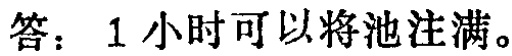
答：1 小时可以将池注满。